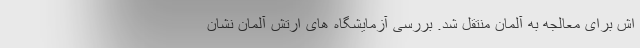
اش برای معالجه به آلمان منتقل شد. بررسی آزمایشگاه های ارتش آلمان نشان